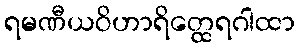
ရမဏီယဝိဟာရိတ္ထေရဂါထာ